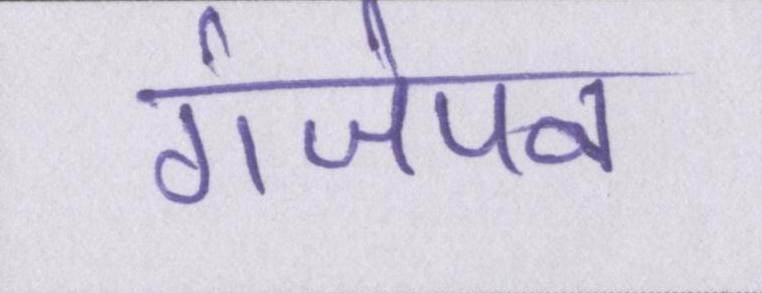
गंजेपन